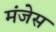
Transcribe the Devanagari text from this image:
मंजेस